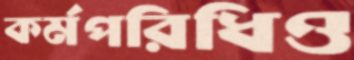
কর্মপরিধিও